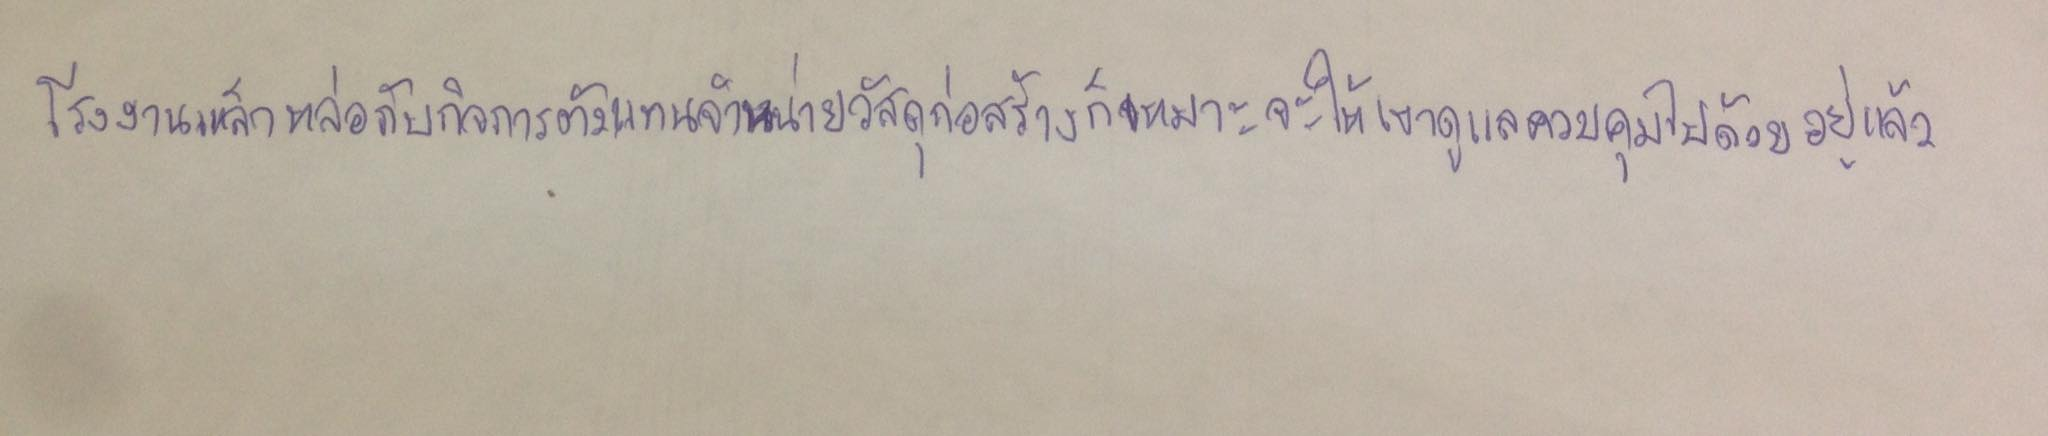
โรงงานเหล็กหล่อกับกิจการตัวแทนจำหน่ายวัสดุก่อสร้างก็เหมาะจะให้เขาดูแลควบคุมไปด้วยอยู่แล้ว